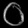
Digit: ၀